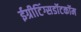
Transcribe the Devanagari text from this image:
ईग्रीटिंग्सडॉटकॉम